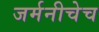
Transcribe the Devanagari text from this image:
जर्मनीचेच